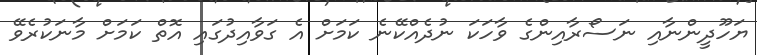
ޔަހޫދީންނާއި ނަސޯރާއިންގެ ވާހަކަ ނުދެއްކޭނެ ކަމަށް އެ ގަވާއިދުގައި އޮތް ކަމަށް މާނަކުރެވޭ